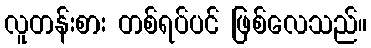
လူတန်းစား တစ်ရပ်ပင် ဖြစ်လေသည်။